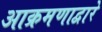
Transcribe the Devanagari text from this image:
आक्रमणाद्वारे